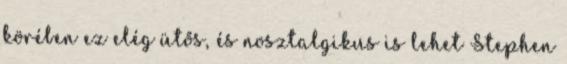
körében ez elég ütős, és nosztalgikus is lehet Stephen